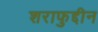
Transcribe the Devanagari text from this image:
शराफुद्दीन